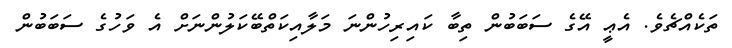
ތަކެއްޗެވެ. އެޢީ އޭގެ ސަބަބުން ތިބާ ކައިރިހުންނަ މަލާއިކަތްބޭކަލުންނަށް އެ ވަހުގެ ސަބަބުން